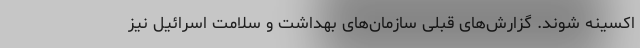
اکسینه شوند. گزارش‌های قبلی سازمان‌های بهداشت و سلامت اسرائیل نیز